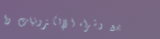
بيع وشراء الإلكترونيات وا